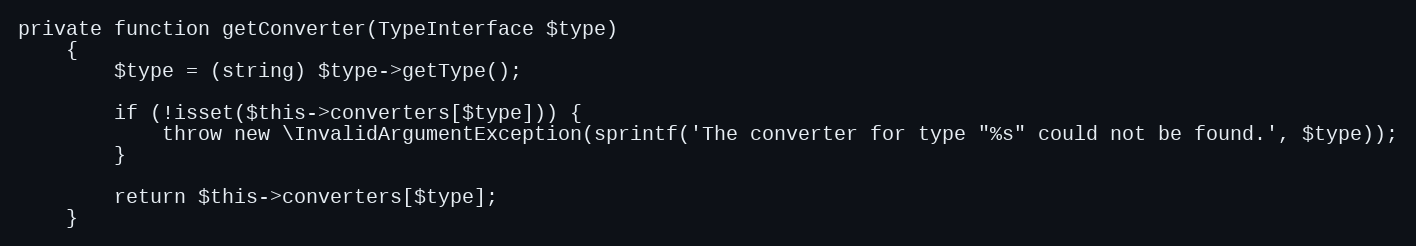
Language: PHP
private function getConverter(TypeInterface $type)
    {
        $type = (string) $type->getType();

        if (!isset($this->converters[$type])) {
            throw new \InvalidArgumentException(sprintf('The converter for type "%s" could not be found.', $type));
        }

        return $this->converters[$type];
    }